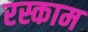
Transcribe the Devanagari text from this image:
रस्काम